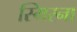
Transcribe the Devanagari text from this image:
स्मिरना